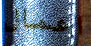
اعمال